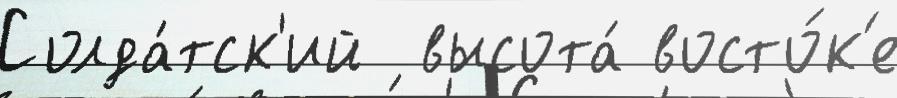
Солда́тск'ий  высота́ восто́к'е